Medical and sanitary report of the native army of Bengal for the year
Year: 1876
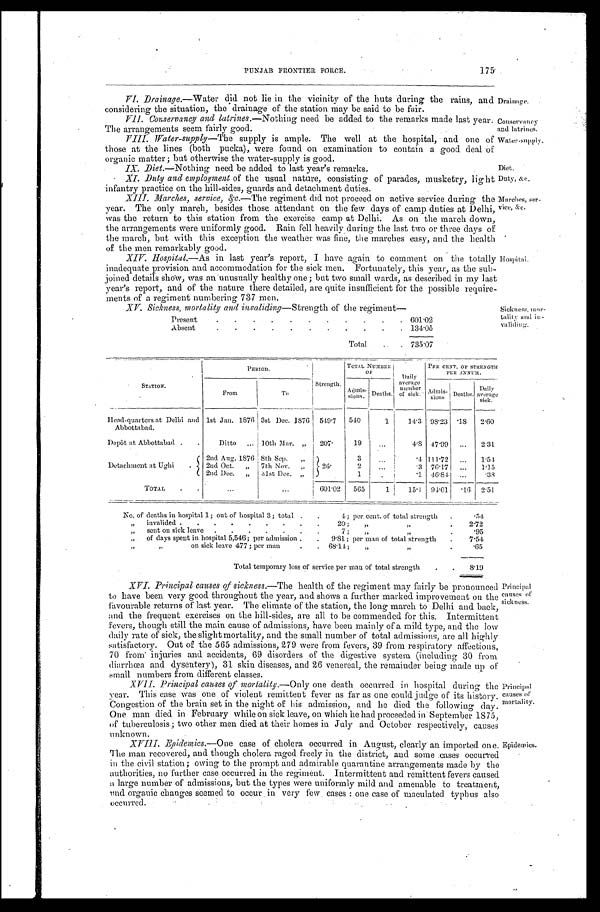
Drainage.
Conservancy
and latrines.
Water-supply.
Diet.
Duty,
& c .
Marches, ser
- v i c e , & c .
Hospital.
Sickness, mor
-tality
and in-validing.
PUNJAB FRONTIER FORCE.
VI. Drainage.—Water did not lie in the vicinity of the huts during the rains, and
considering the situation, the drainage of the station may be said to be fair.
VII. Conservancy and latrines.—Nothing need be added to the remarks made last year.
The arrangements seem fairly good.
VIII. Water-supply—The supply is ample. The well at the hospital, and one of
those at the lines (both pucka), were found on examination to contain a good deal of
organic matter; but otherwise the water-supply is good.
IX. Diet.—Nothing need be added to last year's remarks.
XI. Duty and employment of the usual nature, consisting of parades, musketry, light
infantry practice on the hill-sides, guards and detachment duties.
XIII. Marches, service, &c. —The regiment did not proceed on active service during the
year. The only march, besides those attendant on the few days of camp duties at Delhi,
was the return to this station from the exercise camp at Delhi. As on the march down,
the arrangements were uniformly good. Rain fell heavily during the last two or three days of
the march, but with this exception the weather was fine, the marches easy, and the health
of the men remarkably good.
XIV Hospital.—As in last year's report, I have again to comment on the totally
inadequate provision and accommodation for the sick men. Fortunately, this year, as the sub
- j o i n e d d e t a i l s s h o w , w a s a n u n u s u a l l y h e a l t h y o n e ; b u t t w o s m a l l w a r d s , a s d e s c r i b e d i n m y l a s t
year's report, and of the nature there detailed, are quite insufficient for the possible require
-ments of a regiment numbering 737 men.
XV. Sickness, mortality and invaliding—Strength of the regiment.—
Present
601. 02
Absent
134. 05
Total
735.07
STATION.
PERIOD.
Strength.
TOTAL NUMBER OF
Daily
average number
of sick
P E R CE NT . OF S T R E NGT H
PER ANNUM.
From
To
Admi s - s i o n s .
Deaths.
Admis- sions. Deaths. Daily
average sick.
H e a d - q u a r t e r s a t D e l h i a n d
Abbottabad.
1st Jan. 1876 3st Dec. 1876 549.7 5 4 0
1
14.3 98.23 . 1 8 2.60
Depôt at Abbottabad Ditto
10th Mar. „ 207. 19
4.8 47.99
2.31
Detachment at Ughi
2nd Aug. 1876 8th Sep. "
26.
3
.4 111.72
1.54
2nd Oct "
7th Nov.
2
. 3
7 6 . 1 7
1 . 1 5
2 n d D e c . " 31st Dec. "
1
. 1
4 6 . 8 4
.38
TOTAL
i601.02 565
1 15.4 94.01
. 16 2.51
No. of deaths in hospital 1; out of hospital 3; total 4; per, cent. of total strength
.54
„ invalided 20; " 2.72
sent on sick leave7; "
. 9 5
" o f d a y s s p e n t i n h o s p i t a l 5 , 5 4 6 ; p e r a d m i s s i o n 9.
8 1 ; p e r m a n o f t o t a l s t r e n g t h 7.54
" "on sick leave 477; per man 68.14 " "
. 6 5
Total temporary loss of service per man of total strength
8.19
XVI. Principal causes of sickness.—The health of the regiment may fairly be pronounced
to have been very good throughout the year, and shows a further marked improvement on the
favourable returns of last year. The climate of the station, the long march to Delhi and back,
and the frequent exercises on the hill-sides, are all to be commended for this. Intermittent
: Fevers, though still the main cause of admissions, have been mainly of a mild type, and the low
daily rate of sick, the slight mortality, and the small number of total admissions, are all highly
satisfactory. Out of the 565 admissions, 279 were from fevers, 39 from respiratory affections,
70 from injuries and accidents, 69 disorders of the digestive system (including 30 from
diarrhœa and dysentery), 31 skin diseases, and 26 venereal, the remainder being Made up of
small numbers from different classes.
XVII. Principal causes of mortality.—Only one death occurred in hospital during the
year. This case was one of violent remittent fever as far as one could judge of its history.
Congestion of the brain set in the night of his admission, and he died the following day.
One man died in February while on sick leave, on which he had proceeded in . September 1875,
of tuberculosis; two other men died at their homes in July and October respectively, causes
unknown.
XVIII. Epidemics.—One case of cholera occurred in August, clearly an imported one.
The man recovered, and though cholera raged freely in the, district, and some cases occurred
in the civil station; owing to the prompt and admirable quarantine arrangements made by the
authorities, no further case occurred in the regiment. Intermittent and remittent fevers caused
a. large number of admissions, but the types were uniformly mild and amenable to treatment,
and organic changes seemed to occur in very few . cases: one case of maculated typhus also
occurred.
Princi pal
causes of
dekness.
Principal
causes of
mortality.
Epidemics.